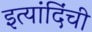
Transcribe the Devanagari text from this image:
इत्यांदिंची